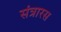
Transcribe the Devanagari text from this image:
संत्रारस